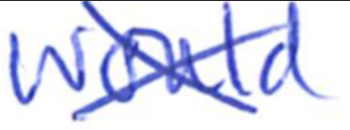
Text: would
Cross-out: cross
Writing tool: ballpoint